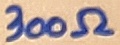
Text: 300Ω